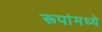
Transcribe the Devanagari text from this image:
रूपांमध्ये